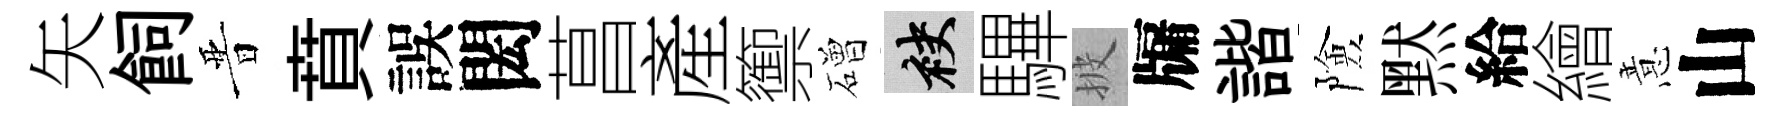
矢飼晋賁誤閎菖產籞磳袂驆披牖諧險黙給繪意山